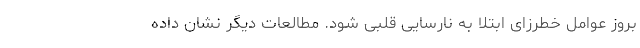
بروز عوامل خطرزای ابتلا به نارسایی قلبی شود. مطالعات دیگر نشان داده